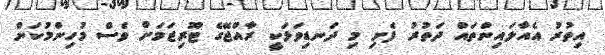
އިތުރު އެއާލައިންތައް ދަތުރު ފެށި މި ދަނޑިވަޅަކީ ރާއްޖޭގެ ޓޫރިޒަމަށް ވެސް މުހިންމުކަން